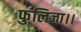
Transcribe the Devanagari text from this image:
फुलिजा।।